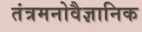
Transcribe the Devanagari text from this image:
तंत्रमनोवैज्ञानिक